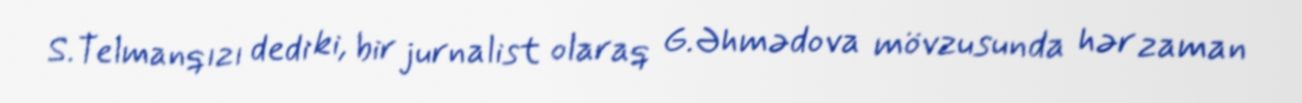
S.Telmanqızı dedi ki, bir jurnalist olaraq G.Əhmədova mövzusunda hər zaman